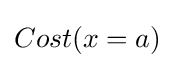
Cost(x=a)